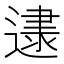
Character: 𰻌